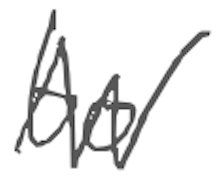
Text: to
Cross-out: zig-zag
Writing tool: digital_gray